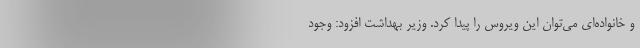
و خانواده‌ای می‌توان این ویروس را پیدا کرد. وزیر بهداشت افزود: وجود